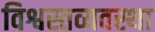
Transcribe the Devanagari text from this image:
विश्वस्तव्यवस्था